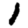
Digit: 1